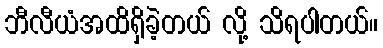
ဘီလီယံအထိရှိခဲ့တယ် လို့ သိရပါတယ်။